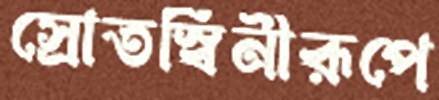
স্রোতস্বিনীরূপে